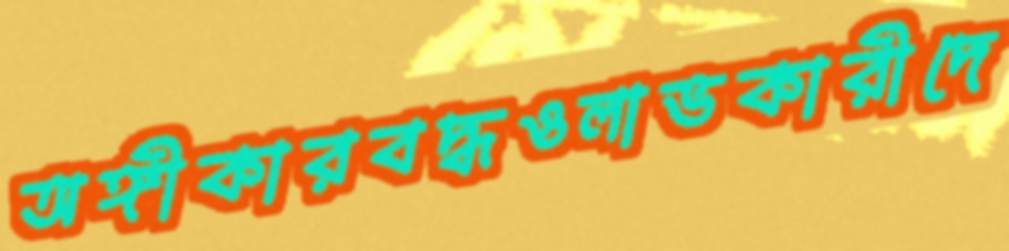
অঙ্গীকারবদ্ধওলাভকারীদে